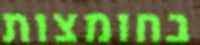
בחומצות